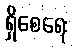
ရှိစေရေး